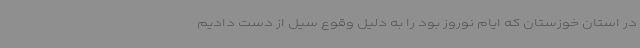
در استان خوزستان که ایام نوروز بود را به دلیل وقوع سیل از دست دادیم